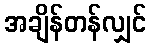
အချိန်တန်လျှင်